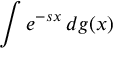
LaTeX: \int e ^ { - s x } \, d g ( x )